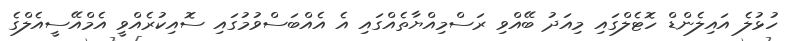
ހުޅުލެ އައިލެންޑް ހޮޓެލްގައި މިއަދު ބޭއްވި ރަސްމިއްޔާތެއްގައި އެ އެއްބަސްވުމުގައި ސޮއިކުރެއްވީ އެމްއޭސީއެލްގެ